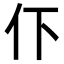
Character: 𬽥